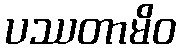
ပဿတာမိဝ